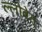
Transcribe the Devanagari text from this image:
ल्लोबेत्